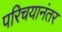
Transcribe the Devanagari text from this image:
परिचयानंतर